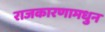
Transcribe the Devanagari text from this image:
राजकारणामधुन